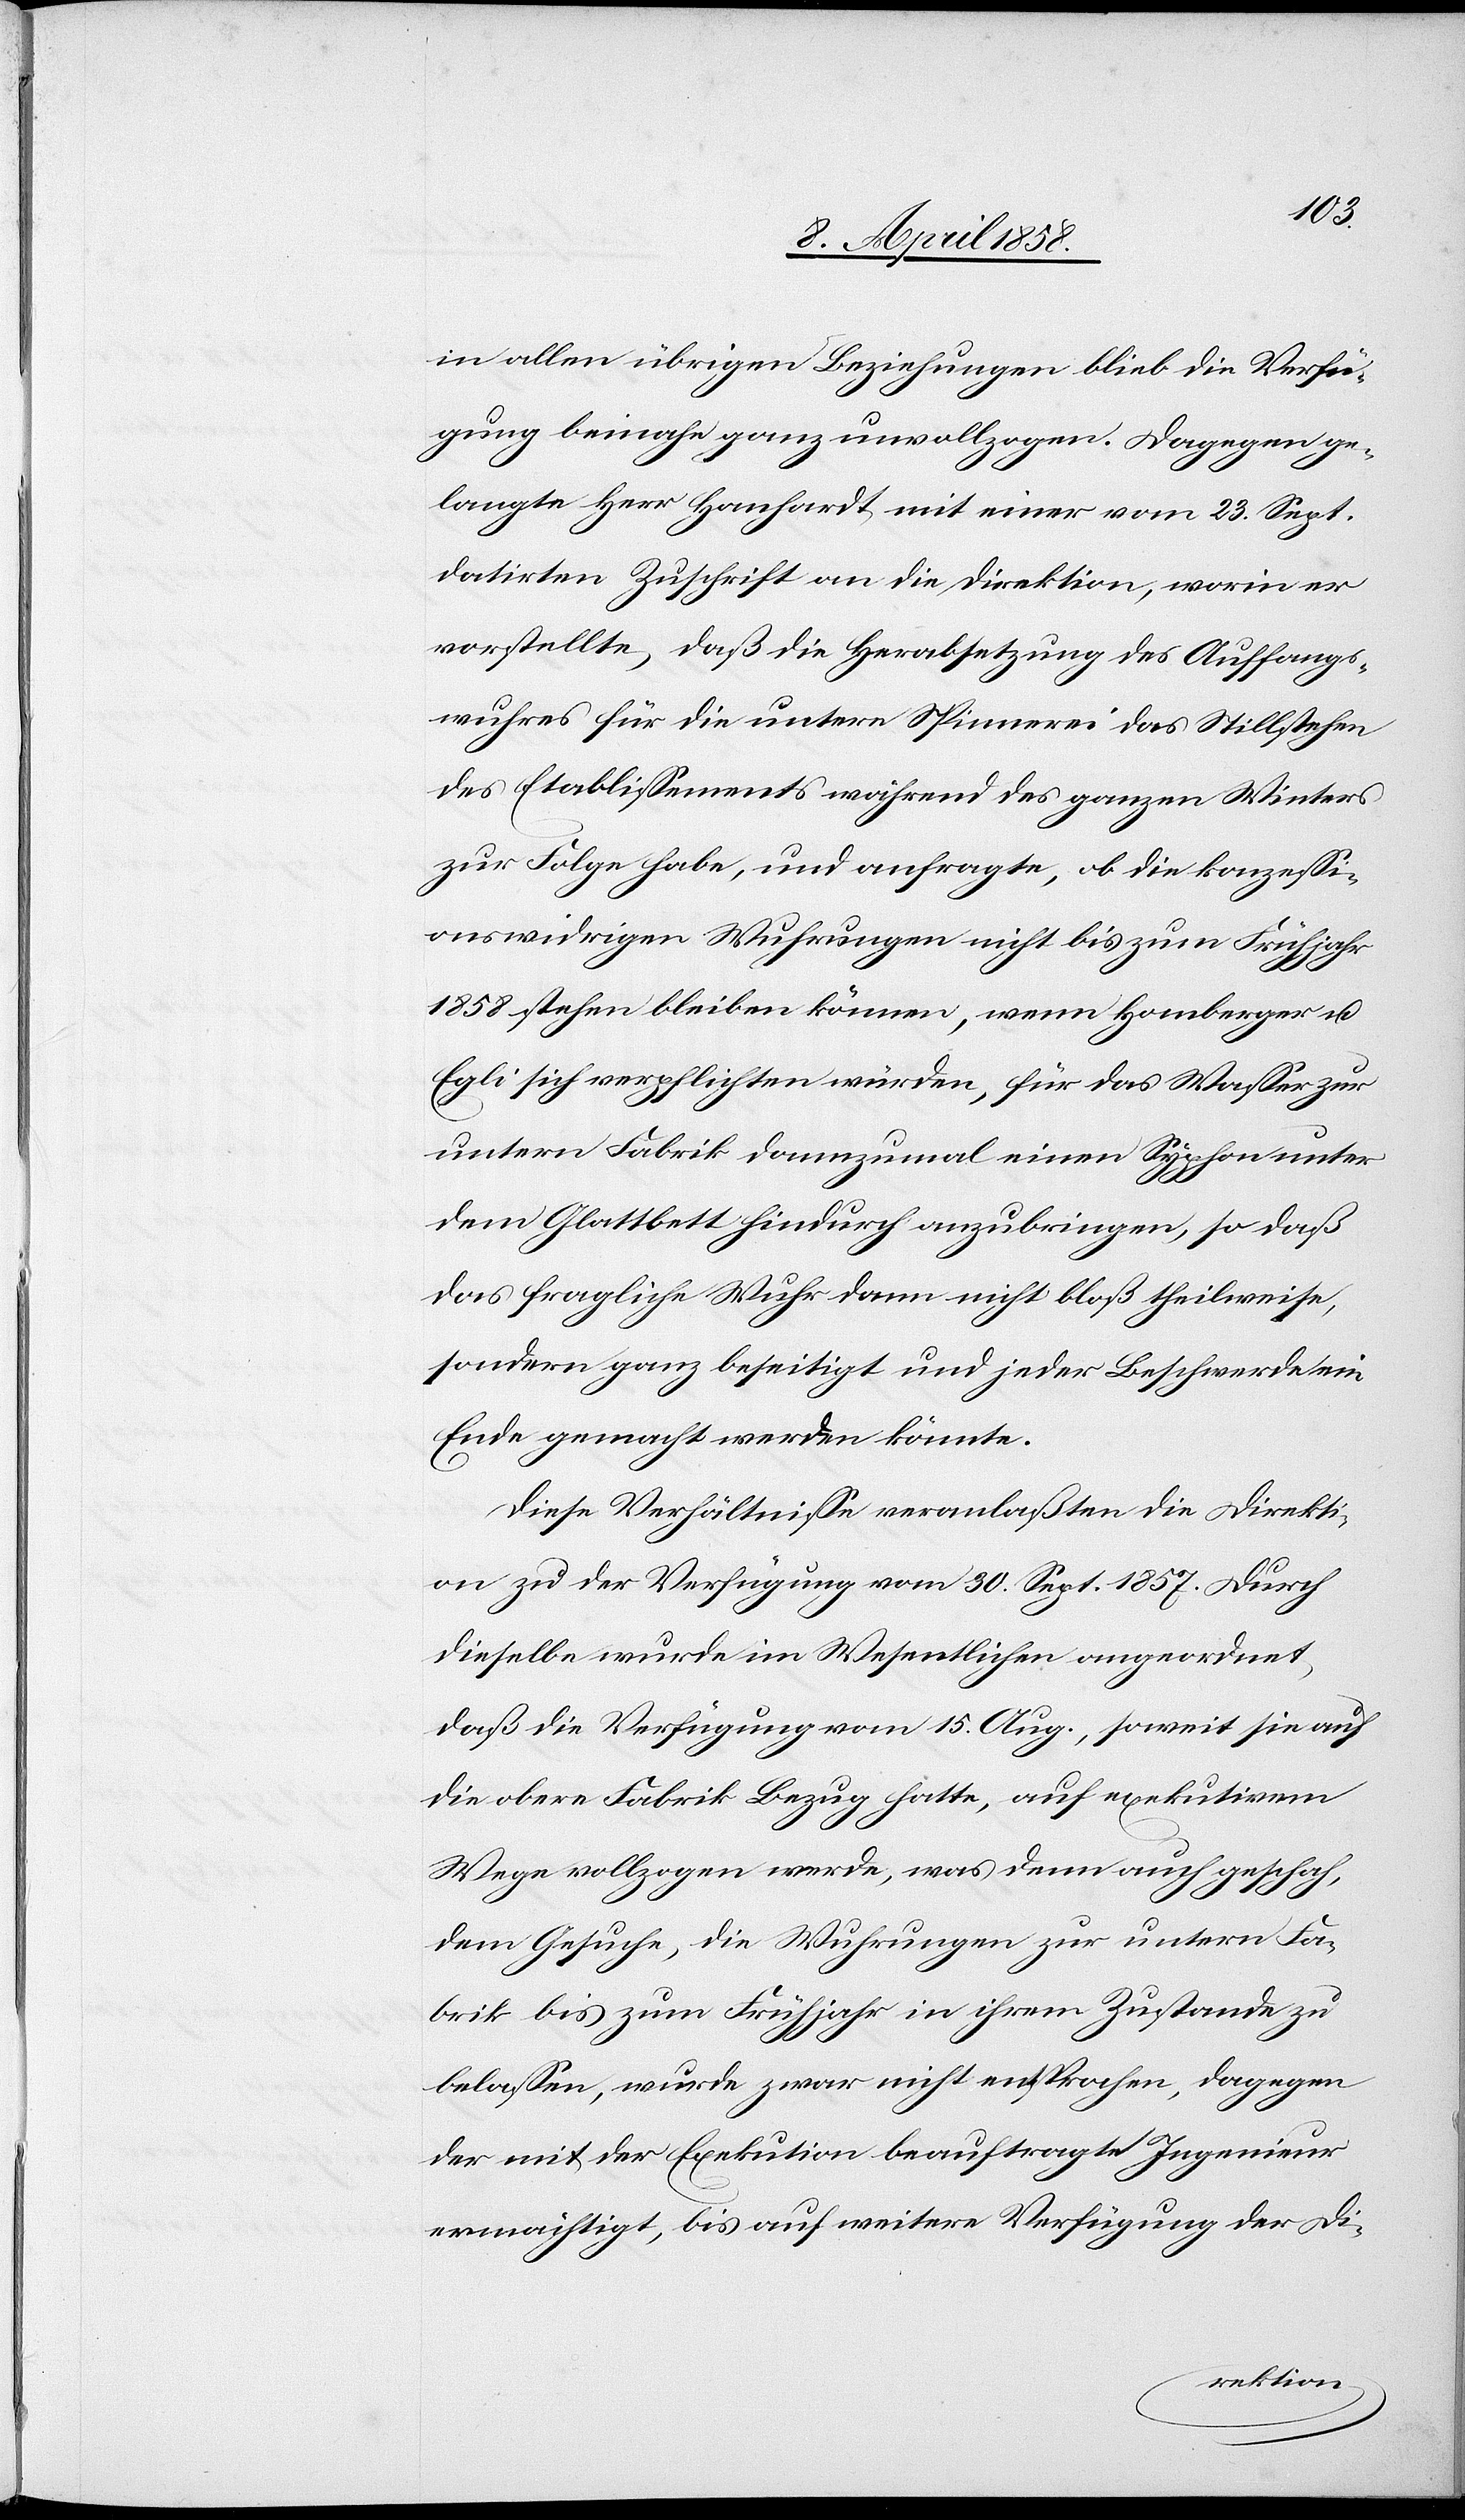
in allen übrigen Beziehungen blieb die Verfü¬
gung beinahe ganz unvollzogen. Dagegen ge¬
langte Herr Hanhardt mit einer vom 23. Sept.
datirten Zuschrift an die Direktion, worin er
vorstellte, daß die Herabsetzung des Auffangs¬
wuhres für die untere Spinnerei das Stillstehen
des Etablissements während des ganzen Winters
zur Folge habe, und anfragte, ob die konzessi¬
onswidrigen Wuhrungen nicht bis zum Frühjahr
1858 stehen bleiben können, wenn Homberger u.
Egli sich verpflichten würden, für das Wasser zur
untern Fabrik dannzumal einen Syphon unter
dem Glattbett hindurch anzubringen, so daß
das fragliche Wuhr dann nicht bloß theilweise,
sondern ganz beseitigt und jeder Beschwerde ein
Ende gemacht werden könnte.
Diese Verhältnisse veranlaßten die Direkti¬
on zu der Verfügung vom 30. Sept. 1857. Durch
dieselbe wurde im Wesentlichen angeordnet,
daß die Verfügung vom 15. Aug., soweit sie auf
die obere Fabrik Bezug hatte, auf exekutivem
Wege vollzogen werde, was denn auch geschah,
dem Gesuche, die Wuhrungen zur unter Fa¬
brik bis zum Frühjahr in ihrem Zustande zu
belassen, wurde zwar nicht entsprochen, dagegen
der mit der Exekution beauftragte Ingenieur
ermächtigt, bis auf weitere Verfügung der Di-